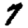
Digit: 7